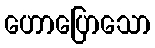
ဟောပြောသော